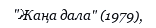
"Жаңа дала" (1979),